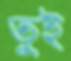
তুই